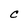
Character: C